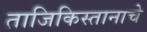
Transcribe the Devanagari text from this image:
ताजिकिस्तानाचे